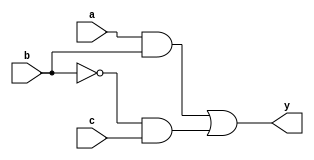
module combinational_logic (
    input wire a,
    input wire b,
    input wire c,
    output reg y
);

    // Always block with sensitivity list for combinational logic
    always @ (a, b, c) begin
        // Combinational logic implementation
        y = (a & b) | (~b & c); // Example logic: y = (a AND b) OR (NOT b AND c)
    end

endmodule